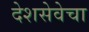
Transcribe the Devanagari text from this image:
देशसेवेचा